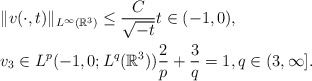
\begin{align*}&\|v(\cdot,t)\|_{L^\infty(\mathbb{R}^3)} \leq \frac{C}{\sqrt{-t}} t \in (-1,0),\\&v_3 \in L^p(-1,0;L^q(\mathbb{R}^3)) \frac{2}{p} + \frac{3}{q} = 1, q \in (3,\infty].\end{align*}